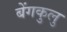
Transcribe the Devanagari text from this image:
बेंगकुलु